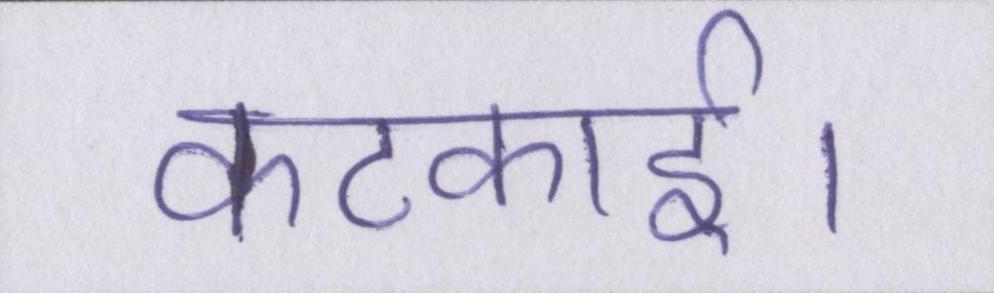
कटकाई।